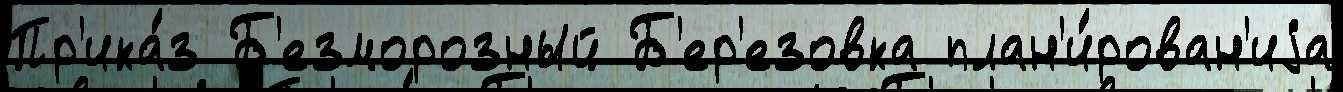
Пр'ика́з Б'езморозный Б'ер'езовка план'и́рован'иjа